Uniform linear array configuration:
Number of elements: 12
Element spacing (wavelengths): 0.25
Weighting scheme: hann
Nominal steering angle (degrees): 60
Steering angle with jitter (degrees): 58.106
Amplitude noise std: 0.05
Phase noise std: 0.05

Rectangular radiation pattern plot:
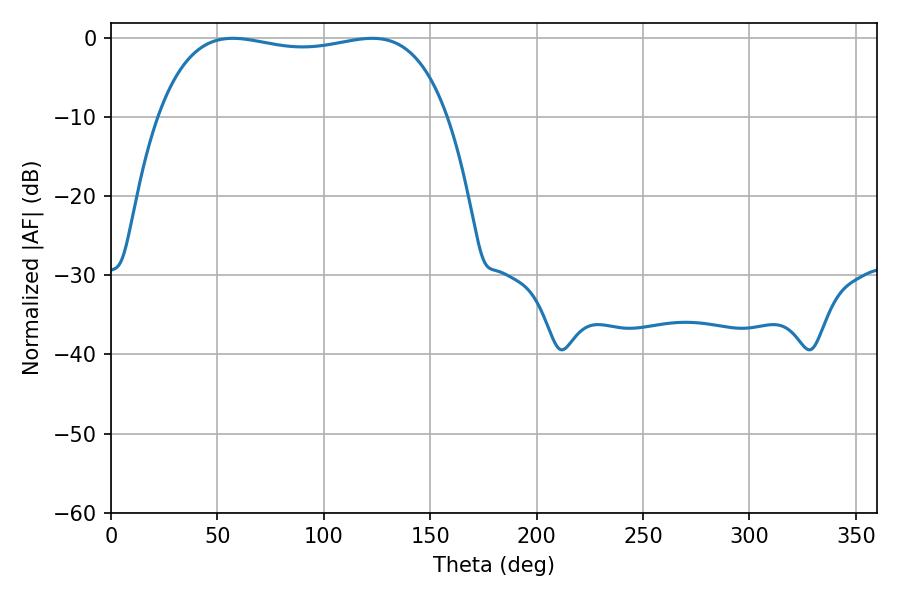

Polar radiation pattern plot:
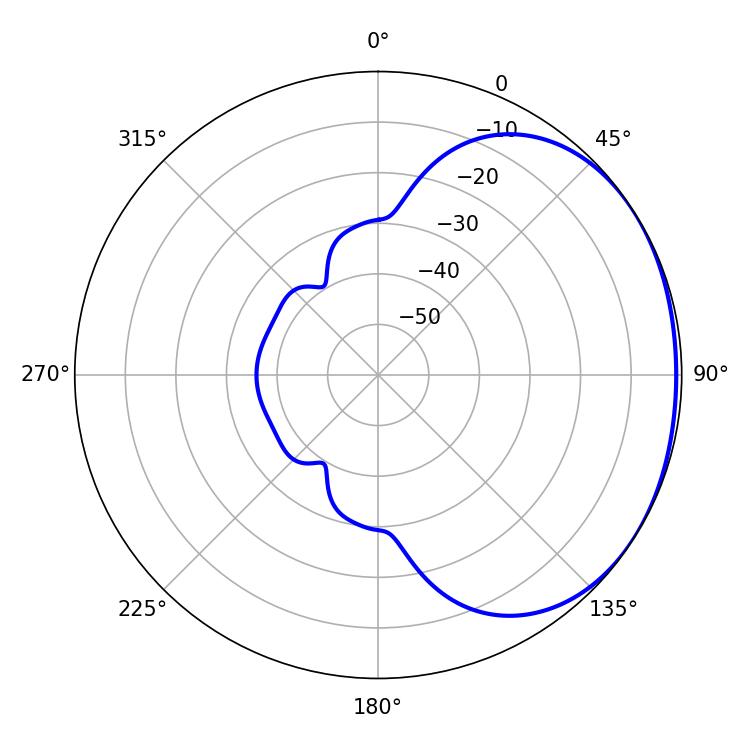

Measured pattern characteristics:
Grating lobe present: FALSE
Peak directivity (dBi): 1.299
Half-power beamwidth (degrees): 109.44
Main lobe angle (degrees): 57.24